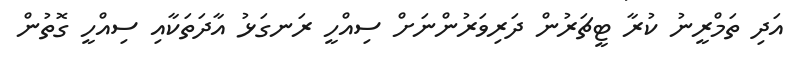
އަދި ތަމްރީނު ކުރާ ޓީޗަރުން ދަރިވަރުންނަށް ސިއްހީ ރަނގަޅު އާދަތަކާއި ސިއްހީ ގޮތުން